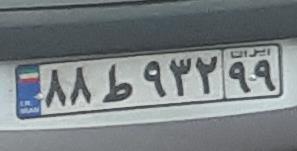
۸۸ط۹۳۲۹۹